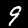
Digit: 9